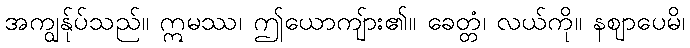
အကျွန်ုပ်သည်။ ဣမဿ၊ ဤယောကျ်ား၏။ ခေတ္တံ၊ လယ်ကို။ နဈာပေမိ၊